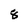
Character: 8